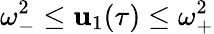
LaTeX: \omega_{-}^{2}\leq\mathbf{u}_{1}(\tau)\leq\omega_{+}^{2}